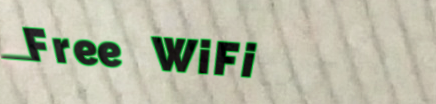
Free WiFi